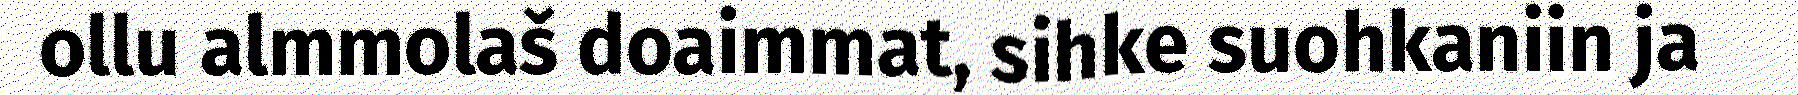
ollu almmolaš doaimmat, sihke suohkaniin ja